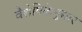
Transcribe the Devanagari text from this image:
वैशेषिकेनुसार